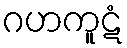
ဂဟကူဋံ